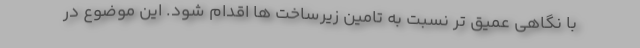
با نگاهی عمیق تر نسبت به تامین زیرساخت ها اقدام شود. این موضوع در